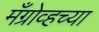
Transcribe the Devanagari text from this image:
मँग्रोव्हच्या